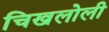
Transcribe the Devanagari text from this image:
चिखलोली